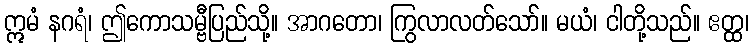
ဣမံ နဂရံ၊ ဤကောသမ္ဗီပြည်သို့။ အာဂတော၊ ကြွလာလတ်သော်။ မယံ၊ ငါတို့သည်။ ဧတ္ထ၊